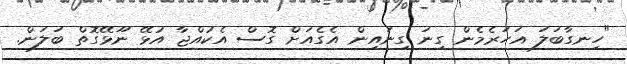
"ހިނގާބަލަ އަހަރެމެން ގިނަ ގިނައިން އެގެއަށް ގޮސް އެކުއްޖާ އުޅޭ ނޫޅޭގޮތް ބަލަން.